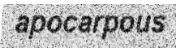
apocarpous